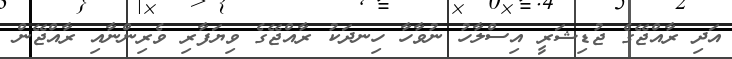
އަދި ރާއްޖޭގެ ޖުޑިޝަރީ އިސްލާހު ނުވާހާ ހިނދަކު ރާއްޖޭގެ ވިޔަފާރި ވެރިންނާއި ރާއްޖޭން